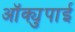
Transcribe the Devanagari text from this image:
ऑक्युपाई